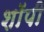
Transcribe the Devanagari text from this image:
शाॅपी